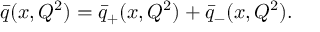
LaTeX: \bar { q } ( x , Q ^ { 2 } ) = \bar { q } _ { + } ( x , Q ^ { 2 } ) + \bar { q } _ { - } ( x , Q ^ { 2 } ) \/ .